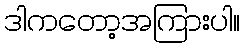
ဒါကတော့အကြားပါ။